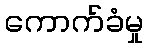
ကောက်ခံမှု